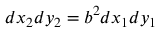
d x _ { 2 } d y _ { 2 } = b ^ { 2 } d x _ { 1 } d y _ { 1 }